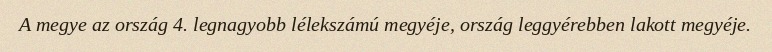
A megye az ország 4. legnagyobb lélekszámú megyéje, ország leggyérebben lakott megyéje.